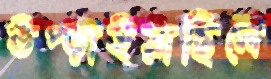
উপ্‌ড়াইয়াছিলে